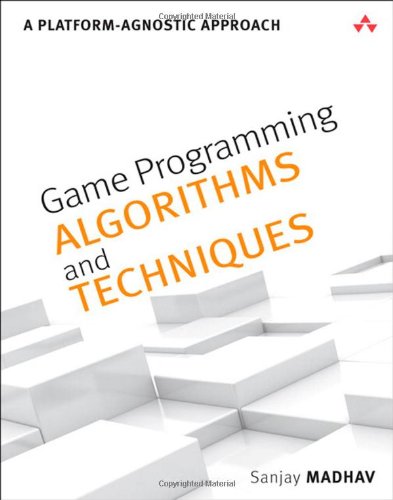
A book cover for Game Programming Algorithms and Techniques: A Platform-Agnostic Approach (Game Design); Sanjay Madhav; Computers & Technology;